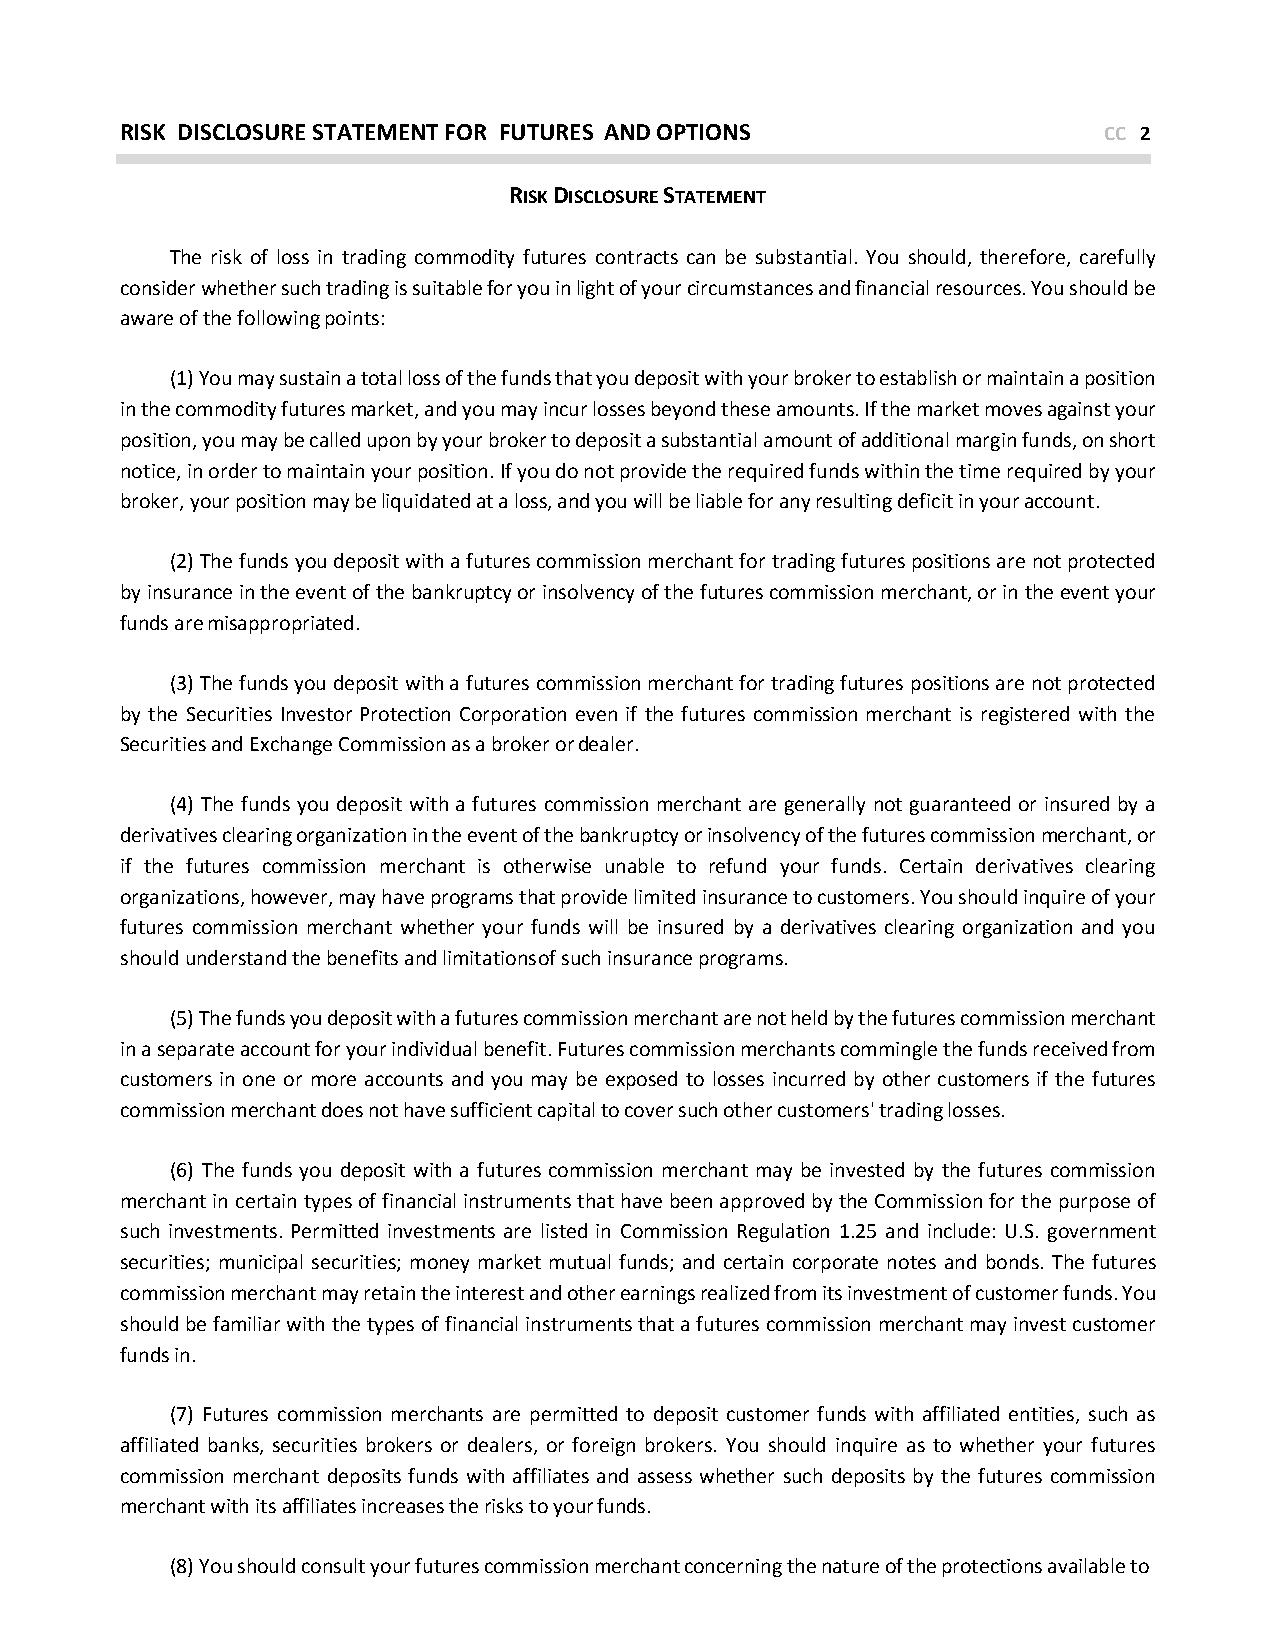
RISK DISCLOSURE STATEMENT FOR FUTURES AND OPTIONS                CC 2
 RISK DISCLOSURE STATEMENT
 The risk of loss in trading commodity futures contracts can be substantial. You should, therefore, carefully
 consider whether such trading is suitable for you in light of your circumstances and financial resources. You should be
 aware of the following points:
 (1) You may sustain a total loss of the funds that you deposit with your broker to establish or maintain a position
 in the commodity futures market, and you may incur losses beyond these amounts. If the market moves against your
 position, you may be called upon by your broker to deposit a substantial amount of additional margin funds, on short
 notice, in order to maintain your position. If you do not provide the required funds within the time required by your
 broker, your position may be liquidated at a loss, and you will be liable for any resulting deficit in your account.
 (2) The funds you deposit with a futures commission merchant for trading futures positions are not protected
 by insurance in the event of the bankruptcy or insolvency of the futures commission merchant, or in the event your
 funds are misappropriated.
 (3) The funds you deposit with a futures commission merchant for trading futures positions are not protected
 by the Securities Investor Protection Corporation even if the futures commission merchant is registered with the
 Securities and Exchange Commission as a broker or dealer.
 (4) The funds you deposit with a futures commission merchant are generally not guaranteed or insured by a
 derivatives clearing organization in the event of the bankruptcy or insolvency of the futures commission merchant, or
 if the futures commission merchant is otherwise unable to refund your funds. Certain derivatives clearing
 organizations, however, may have programs that provide limited insurance to customers. You should inquire of your
 futures commission merchant whether your funds will be insured by a derivatives clearing organization and you
 should understand the benefits and limitations of such insurance programs.
 (5) The funds you deposit with a futures commission merchant are not held by the futures commission merchant
 in a separate account for your individual benefit. Futures commission merchants commingle the funds received from
 customers in one or more accounts and you may be exposed to losses incurred by other customers if the futures
 commission merchant does not have sufficient capital to cover such other customers' trading losses.
 (6) The funds you deposit with a futures commission merchant may be invested by the futures commission
 merchant in certain types of financial instruments that have been approved by the Commission for the purpose of
 such investments. Permitted investments are listed in Commission Regulation 1.25 and include: U.S. government
 securities; municipal securities; money market mutual funds; and certain corporate notes and bonds. The futures
 commission merchant may retain the interest and other earnings realized from its investment of customer funds. You
 should be familiar with the types of financial instruments that a futures commission merchant may invest customer
 funds in.
 (7) Futures commission merchants are permitted to deposit customer funds with affiliated entities, such as
 affiliated banks, securities brokers or dealers, or foreign brokers. You should inquire as to whether your futures
 commission merchant deposits funds with affiliates and assess whether such deposits by the futures commission
 merchant with its affiliates increases the risks to your funds.
 (8) You should consult your futures commission merchant concerning the nature of the protections available to